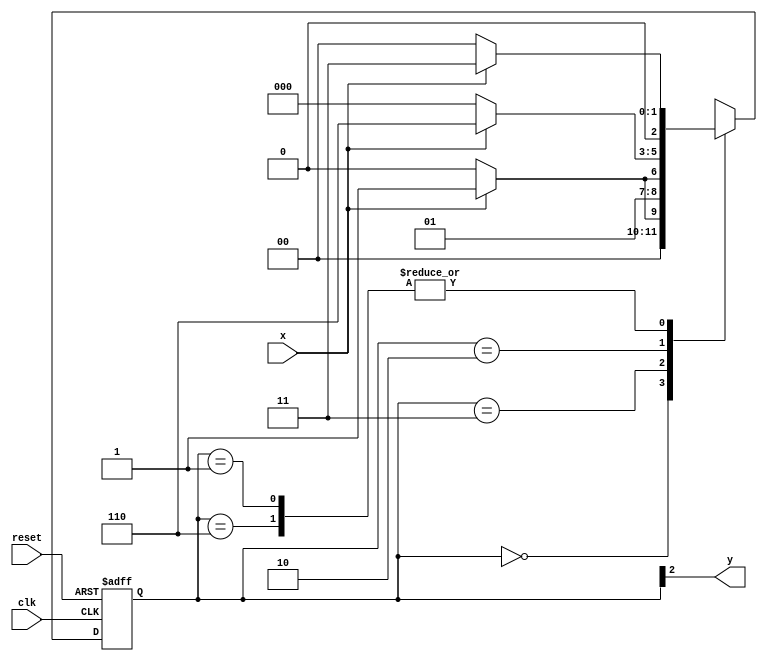
// --------------
// Moore_1101 - Laura Iara Silva Santos Xavier - 734661
// --- Moore FSM
// --------------
/*
                                  Moore FSM Diagram
                                ___________________
                              /                     \
          1           1      v     0            1   1| // found
 [start] ---> [id1] ---> [id11] --->> [id110] ---> [id1101]
   ^  \0       0 |        1^  \        0 |         0|
    \_/         /         \__/           |          |
     \________/                          |          |
      \                                  |          |
       \________________________________/           |
        \                                           | 
         \_________________________________________/
*/
// constant definition
`define found 1
`define notfound 0
// FSM by Moore
module moore_1101 ( y, x, clk, reset );
output y;
input x;
input clk;
input reset;

reg y;

parameter // state identifiers
 start = 3'b000,
 id1 = 3'b001,
 id11 = 3'b011,
 id110 = 3'b010,
 id1101 = 3'b110; // signal found

 reg [2:0] E1;// current state variables
 reg [2:0] E2;// next state logic output

// next state logic
 always @( x or E1 )
    begin
        case( E1 )
        start:
            if ( x )
            E2 = id1;
            else
            E2 = start;
        id1:
            if ( x )
            E2 = id11;
            else
            E2 = start;
        id11:
            if ( x )
            E2 = id11;
            else
            E2 = id110;
        id110:
            if ( x )
            E2 = id1101;
            else
            E2 = start;
        id1101:
            if ( x )
            E2 = id11;
            else
            E2 = start;
        default: // undefined statee
            E2 = 3'bxxx;
        endcase
    end // always at signal or state changing
// state variables
 always @( posedge clk or negedge reset )
 begin
    if ( reset )
    E1 = E2; // updates current state
    else
    E1 = 0; // reset
 end // always at signal changing
// output logic
 always @( E1 )
    begin
    y = E1[2]; // first bit of state value (MOORE indicator)
    end // always at state changing
endmodule // moore_1101